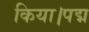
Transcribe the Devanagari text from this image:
किया।पद्म